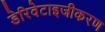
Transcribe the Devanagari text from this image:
डेरिवेटाइजीकरण